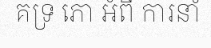
គទ្រ ភោ អំពី ការនាំ